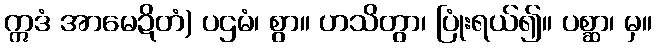
ဣဒံ အာမေဍိတံ) ပဌမံ၊ စွာ။ ဟသိတွာ၊ ပြုံးရယ်၍။ ပစ္ဆာ၊ မှ။